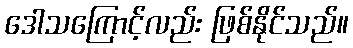
ဒေါသကြောင့်လည်း ဖြစ်နိုင်သည်။